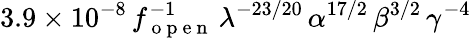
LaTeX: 3.9\times 10^{-8}\, f_{\mathrm{~o~p~e~n~}}^{-1}\, \lambda^{-23/20}\, \alpha^{17/2}\, \beta^{3/2}\, \gamma^{-4}